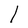
Character: l